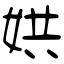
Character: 娂